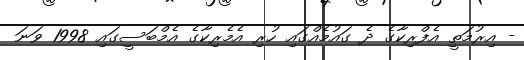
- އިރުމަތީ އެފްރިކާގެ ދެ ގައުމެއްގައި ހުރި އެމެރިކާގެ އެމްބަސީގައި 1998 ވަނަ